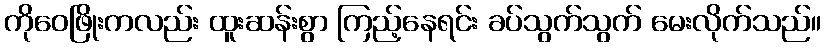
ကိုဝေဖြိုးကလည်း ထူးဆန်းစွာ ကြည့်နေရင်း ခပ်သွက်သွက် မေးလိုက်သည်။